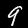
Label: 9